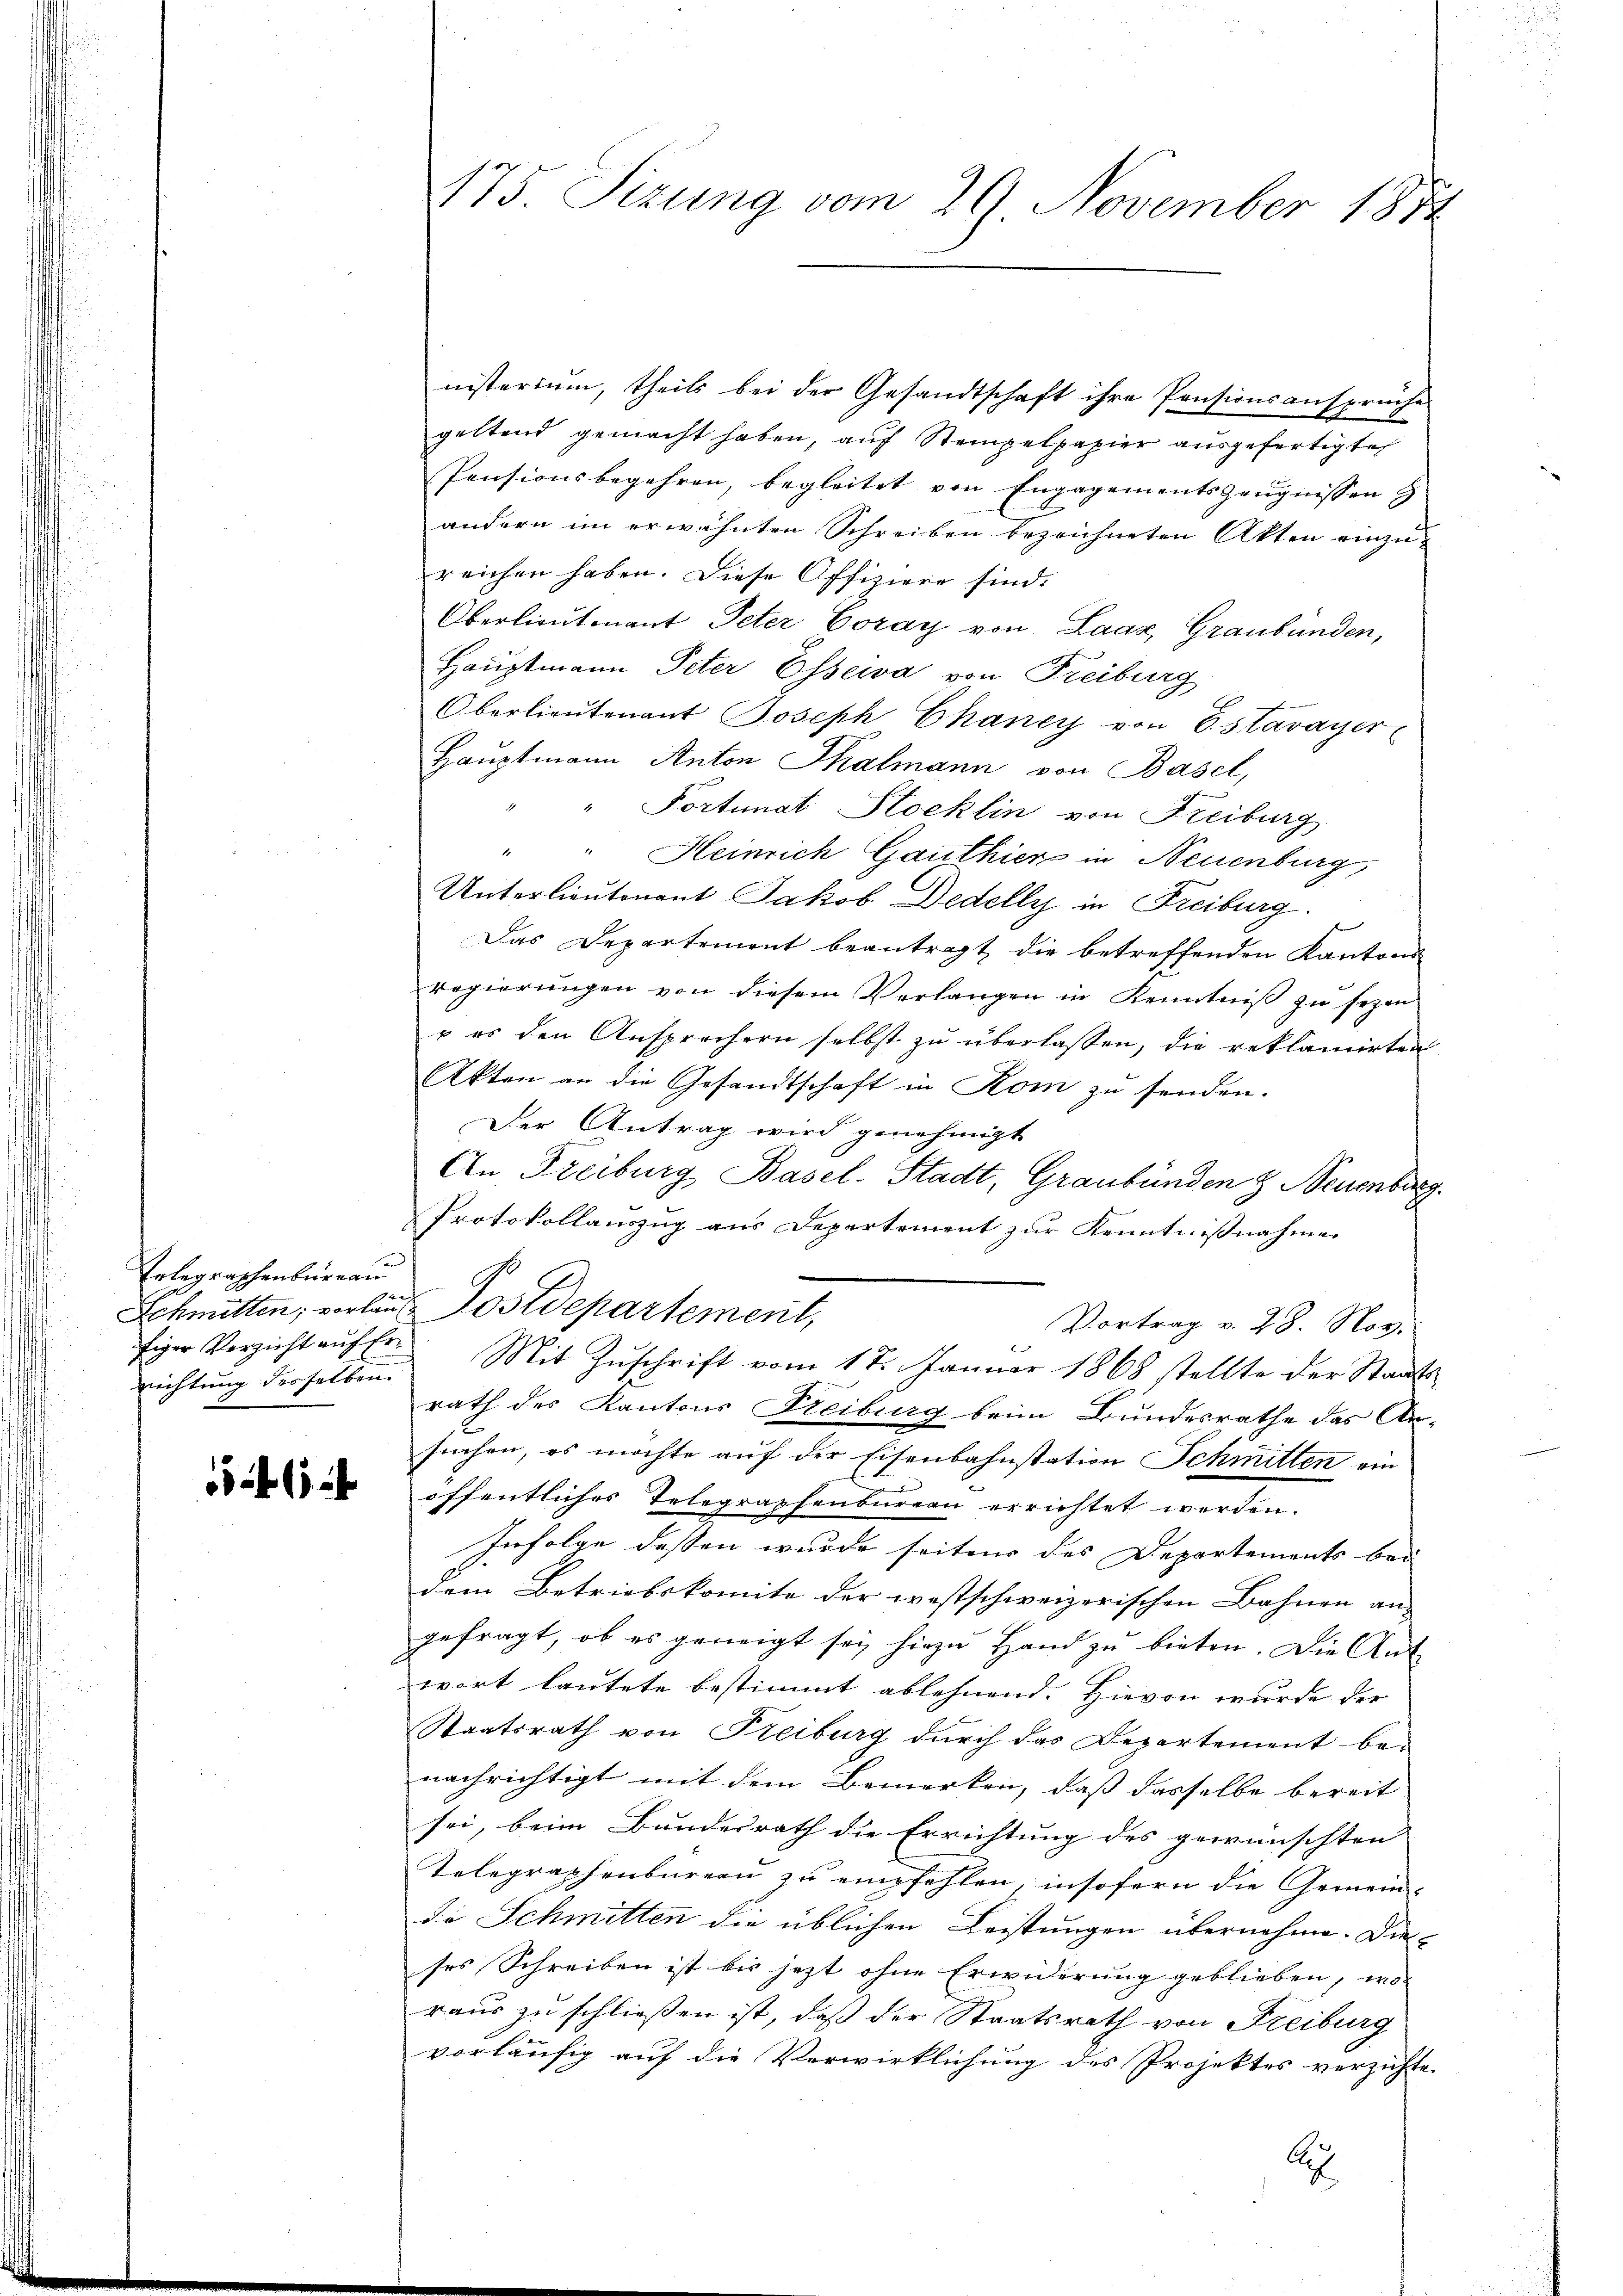
Erlegraphenbureau
Schmitten; vorläufiger Verzicht auf Ernichtung derselben.

6

175. Sizung vom 29. November 1872

nisterium, theils bei der Gesandtschaft ihre Pensionsansprüche
geltend gemacht haben, auch Stempelpapier ausgefertigte
Pensionsbegehren, begleitet von Engagementszeugnissen
andern im erwähnten Schreiben bezeichneten Akten einzureichen haben. Diese Offiziere sind.
Oberlieutnant Peter Coray von Laaz, Graubünden,
Hauptmann Peter Esseiva von Freiburg
Oberlieutenant Joseph Chancy von Estavayer
Hauptmann Anton Thalmann von Basel,
" Portunat Stocklin von Freiburg
" " Heinrich Gauthier in Neuenburg,
Unterlieutenant Jakob Dedelly in Freiburg.
Das Departement beantragt die betreffenden Kantons-
regierungen von diesem Verlangen in Kenntniß zu sezen-
u es den Ansprechern selbst zu überlassen, die reklamirten
AAkten an die Gesandtschaft in Rom zu senden.
Der Antrag wird genehmigt
An Freiburg Basel-Stadt, Graubünden & Neuenburg.
Protokollauszug aus Departement zur Kenntnißnahme
Postdepartement,
Vortrag v. 28. Nor
Mit Zŭschrift vom 17. Januar 1868 stellte der Staats-
rath des Kantons Freiburg beim Bundesrathe das Ar-
suchen, es möchte auf der Eisenbahnstation Schmitten ein
öffentliches Telegraphenbureau errichtet werden.
Infolge dessen wurde seiten des Departements bei |
dem Betriebskomite der westschweizerischen Bahnen an
gefragt, ob es geneigt sei hiezu Hand zu bieten. Die Ant
wort lautete bestimmt ablehnend. Hievon wurde der
Staatsrath von Freiburg durch das Departement be-
nachrichtigt mit dem Bemerken, daß dasselbe bereit
sei, beim Bundesrath die Errichtung des gewünschten |
Telegraphenbureau zu empfehlen, insofern die Gemein-
de Schmitten die üblichen Leistungen übernehme. Die
ses Schreiben ist bis jezt ohne Erwiderung geblieben, wo
raus zu schließen ist, daß der Staatsrath von Freiburg
vorläufig auf die Verwirklichung des Projektes verzichte
A